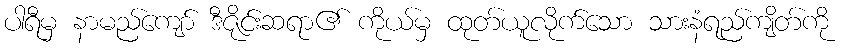
ပါရီမှ နာမည်ကျော် ဒီဇိုင်းဆရာ၏ ကိုယ်မှ ထုတ်ယူလိုက်သော သားနံရည်ကျိတ်ကို